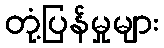
တုံ့ပြန်မှုများ